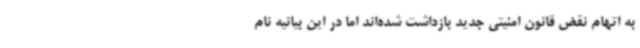
به اتهام نقض قانون امنیتی جدید بازداشت شده‌اند اما در این بیانیه نام